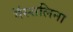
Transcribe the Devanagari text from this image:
मॅस्सलिना